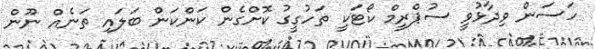
ހަސަން ވިދާޅުވީ ސުޕްރީމް ކޯޓަކީ ތަހުގީގު ކޮށްގެން ކަންކަން ބަލައި ތަނެއް ނޫން